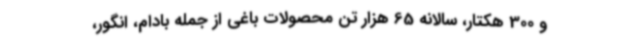
و 300 هکتار، سالانه 65 هزار تن محصولات باغی از جمله بادام، انگور،